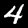
Label: 4